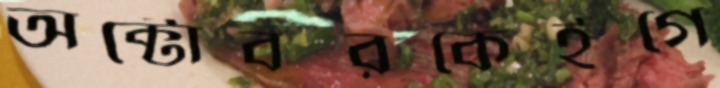
অক্টোবরকেইগে